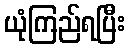
ယုံကြည်ရပြီး